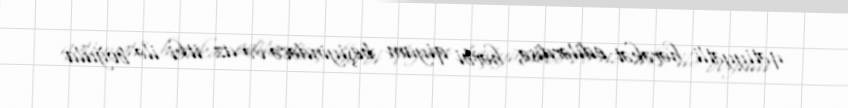
qətiyyətli hərəkət edilərdisə, hərbi qiyam beşiyindəcə və az itki ilə boğula